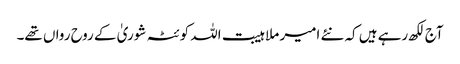
آج لکھ رہے ہیں کہ نئے امیر ملا ہیبت اللہ کوئٹہ شوریٰ کے روح رواں تھے۔